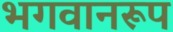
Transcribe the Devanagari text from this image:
भगवानरूप